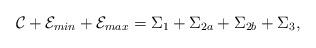
LaTeX: \begin{align*} \mathcal{C} + \mathcal{E}_{min} + \mathcal{E}_{max} = \Sigma_1 + \Sigma_{2a} + \Sigma_{2b} + \Sigma_3,\end{align*}